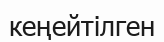
кеңейтілген